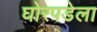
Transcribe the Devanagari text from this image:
घोरपडेला